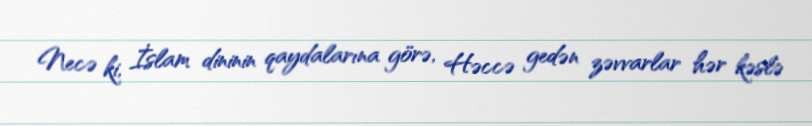
Necə ki, İslam dininin qaydalarına görə, Həccə gedən zəvvarlar hər kəslə